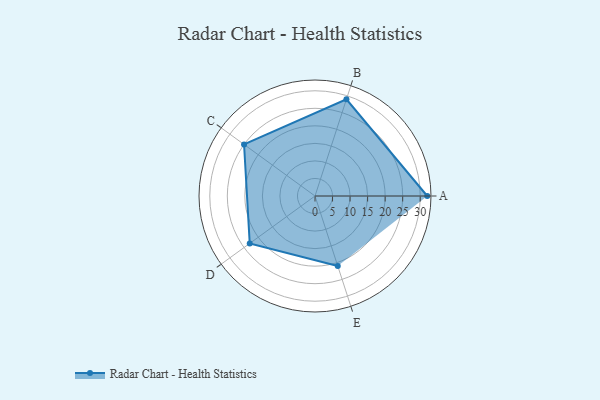
{"axis": {"x": "Skill", "y": "Score"}, "legend": ["Profile"], "data": [{"x": "A", "y": 32.0, "type": "Profile"}, {"x": "B", "y": 29.0, "type": "Profile"}, {"x": "C", "y": 25.0, "type": "Profile"}, {"x": "D", "y": 23.0, "type": "Profile"}, {"x": "E", "y": 21.0, "type": "Profile"}]}